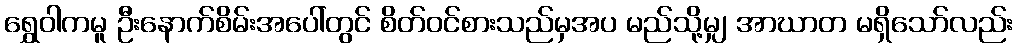
ရွှေဝါကမူ ဦးနောက်စိမ်းအပေါ်တွင် စိတ်ဝင်စားသည်မှအပ မည်သို့မျှ အာဃာတ မရှိသော်လည်း